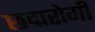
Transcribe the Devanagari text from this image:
छद्मरोगी